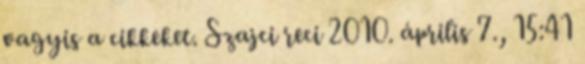
vagyis a cikkeket. Szajci reci 2010. április 7., 15:41